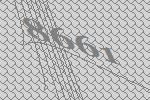
8661